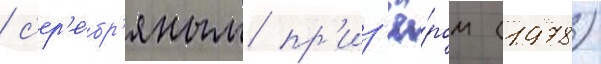
/ с'ер'е́бр'яным пр'из'ё́ром (1978)